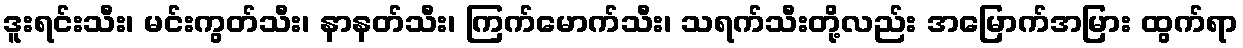
ဒူးရင်းသီး၊ မင်းကွတ်သီး၊ နာနတ်သီး၊ ကြက်မောက်သီး၊ သရက်သီးတို့လည်း အမြောက်အမြား ထွက်ရာ